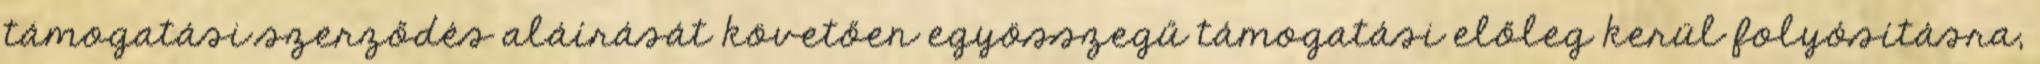
támogatási szerződés aláírását követően egyösszegű támogatási előleg kerül folyósításra,